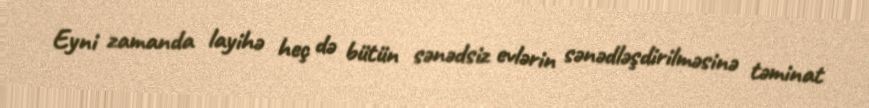
Eyni zamanda layihə heç də bütün sənədsiz evlərin sənədləşdirilməsinə təminat